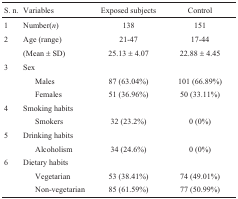
<table><thead><tr><td><b>S. n.</b></td><td><b>Variables</b></td><td><b>Exposed subjects</b></td><td><b>Control</b></td></tr></thead><tbody><tr><td> 1</td><td>Number(<i>n</i>)</td><td>138</td><td>151</td></tr><tr><td>2</td><td>Age (range)</td><td>21-47</td><td>17-44</td></tr><tr><td></td><td>(Mean ± SD)</td><td>25.13 ± 4.07</td><td>22.88 ± 4.45</td></tr><tr><td>3</td><td>Sex</td><td></td><td></td></tr><tr><td></td><td>Males</td><td>87 (63.04%)</td><td>101 (66.89%)</td></tr><tr><td></td><td>Females</td><td>51 (36.96%)</td><td>50 (33.11%)</td></tr><tr><td>4</td><td>Smoking habits</td><td></td><td></td></tr><tr><td></td><td>Smokers</td><td>32 (23.2%)</td><td>0 (0%)</td></tr><tr><td>5</td><td>Drinking habits</td><td></td><td></td></tr><tr><td></td><td>Alcoholism</td><td>34 (24.6%)</td><td>0 (0%)</td></tr><tr><td>6</td><td>Dietary habits</td><td></td><td></td></tr><tr><td></td><td>Vegetarian</td><td>53 (38.41%)</td><td>74 (49.01%)</td></tr><tr><td></td><td>Non-vegetarian</td><td>85 (61.59%)</td><td>77 (50.99%)</td></tr></tbody></table>